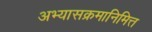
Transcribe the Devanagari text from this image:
अभ्यासक्रमानिमित्त